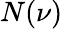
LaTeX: N(\nu)